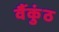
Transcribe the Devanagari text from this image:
वैंकुंठ